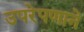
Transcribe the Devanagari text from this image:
उपरेपणाने